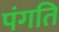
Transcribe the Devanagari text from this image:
पंगति